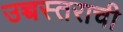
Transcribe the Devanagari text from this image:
उच्चस्तराची